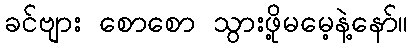
ခင်ဗျား စောစော သွားဖို့မမေ့နဲ့နော်။